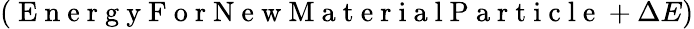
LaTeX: \left(\mathrm{~E~n~e~r~g~y~F~o~r~N~e~w~M~a~t~e~r~i~a~l~P~a~r~t~i~c~l~e~}+\Delta E\right)